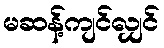
မဆန့်ကျင်လျှင်